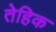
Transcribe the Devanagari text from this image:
तेहिक